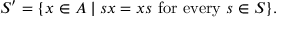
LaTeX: S ^ { \prime } = \{ x \in A \mid s x = x s \ { \mathrm { f o r } } \ { \mathrm { e v e r y } } \ s \in S \} .